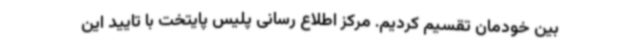
بین خودمان تقسیم کردیم. مرکز اطلاع رسانی پلیس پایتخت با تایید این